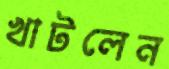
খাটলেন